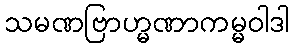
သမဏဗြာဟ္မဏာကမ္မဝါဒါ